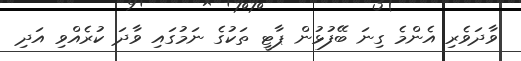
ވާދަވެރި އެންމެ ގިނަ ބޭފުޅުން ޕާޓީ ތަކުގެ ނަމުގައި ވާދަ ކުރެއްވި އަދި